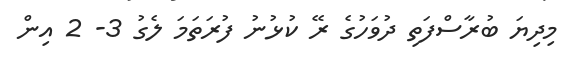
މިދިޔަ ބުރާސްފަތި ދުވަހުގެ ރޭ ކުޅުނު ފުރަތަމަ ލެގު 3- 2 އިން